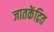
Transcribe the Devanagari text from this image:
जातकेंद्रित